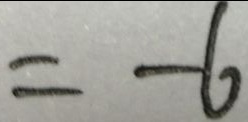
= - 6